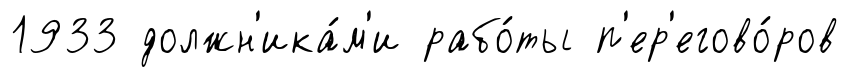
1933 должн'ика́м'и рабо́ты п'ер'егово́ров